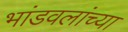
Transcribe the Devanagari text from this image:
भांडवलांच्या